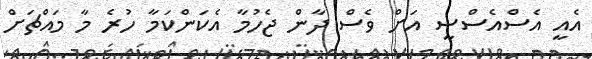
އެއީ އެސްއެސްސީ އަށް ވެސް ދާން ޖެހުމާ އެކަންކަމާ ހުރެ މާ މައްޗަށް